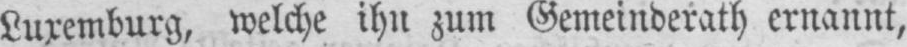
Luxemburg, welche ihn zum Gemeinderath ernannt,